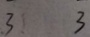
3 3